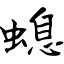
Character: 螅